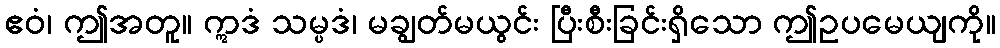
ဧဝံ၊ ဤအတူ။ ဣဒံ သမ္ပဒံ၊ မချွတ်မယွင်း ပြီးစီးခြင်းရှိသော ဤဥပမေယျကို။